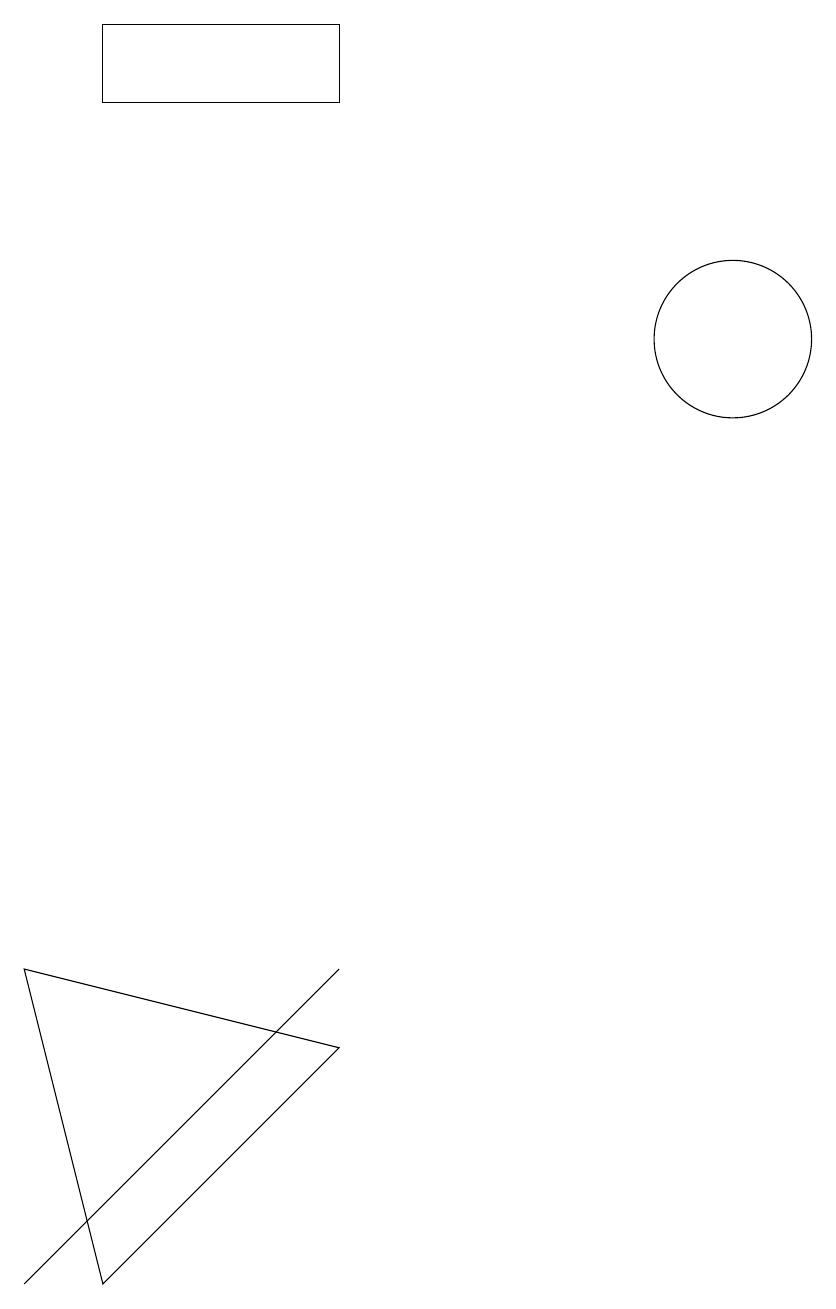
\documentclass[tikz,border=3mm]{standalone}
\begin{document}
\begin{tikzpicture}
\draw (3,16) rectangle (6,15);
\draw (2,0) -- (2,0) -- (6,4) -- cycle;
\draw (11,12) circle (1);
\draw (3,0) -- (6,3) -- (2,4) -- cycle;
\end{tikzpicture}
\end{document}